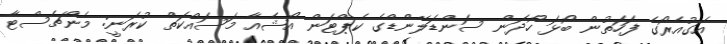
އަގުއެރޯގެ ފަހަތުން ބޯޅަ ހޯދަން ސަންޑަލޭންޑްގެ ކެޕްޓަން އޯޝެއާ މަސައްކަތް ކުރަނީ: މެންޗެސްޓާ